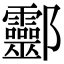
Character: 𨟯